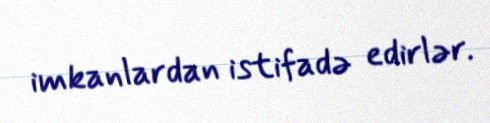
imkanlardan istifadə edirlər.